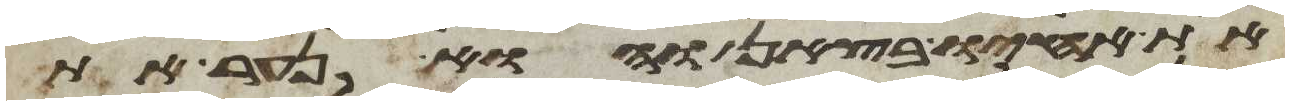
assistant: את אחיו בצאן והוא נער את